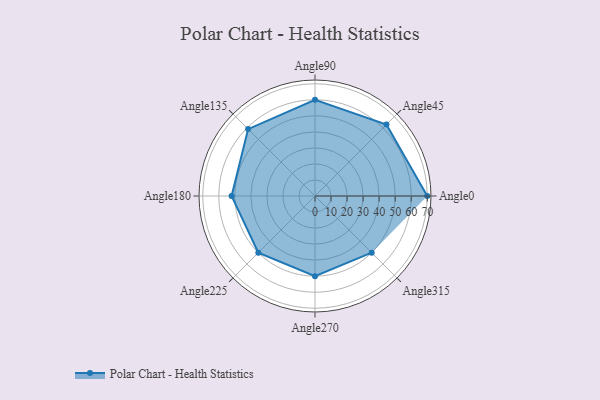
{"axis": {"x": "Angle", "y": "Radius"}, "legend": [""], "data": [{"x": "Angle0", "y": 70.0, "type": ""}, {"x": "Angle45", "y": 63.0, "type": ""}, {"x": "Angle90", "y": 60.0, "type": ""}, {"x": "Angle135", "y": 59.0, "type": ""}, {"x": "Angle180", "y": 52.0, "type": ""}, {"x": "Angle225", "y": 50, "type": ""}, {"x": "Angle270", "y": 50, "type": ""}, {"x": "Angle315", "y": 50, "type": ""}]}